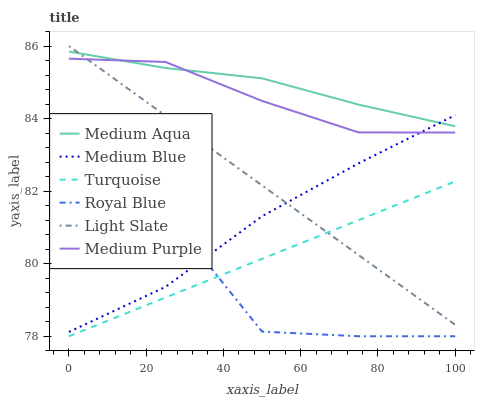
| xaxis_label | Medium Aqua | Medium Blue | Turquoise | Royal Blue | Light Slate | Medium Purple |
 | --- | --- | --- | --- | --- | --- | --- |
 | 0 | 85.8 | 78.1 | 78 | 80.3 | 86 | 85.7 |
 | 25 | 85.4 | 79.4 | 79.1 | 81.4 | 84.1 | 85.6 |
 | 50 | 85.1 | 81.3 | 80.1 | 78.1 | 82.2 | 84.5 |
 | 75 | 84.4 | 82.8 | 81.2 | 78 | 80.2 | 83.6 |
 | 100 | 83.8 | 84.1 | 82.3 | 78 | 78.3 | 83.6 |